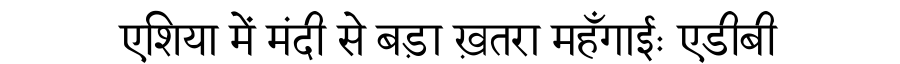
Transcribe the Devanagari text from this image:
एशिया में मंदी से बड़ा ख़तरा महँगाईः एडीबी